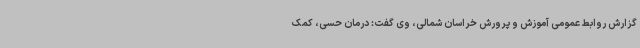
گزارش روابط عمومی آموزش و پرورش خراسان شمالی، وی گفت: درمان حسی، کمک